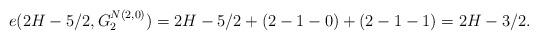
LaTeX: \begin{align*} e(2H-5/2,G^{N(2,0)}_{2}) =2H-5/2+(2-1-0)+(2-1-1)=2H-3/2. \end{align*}